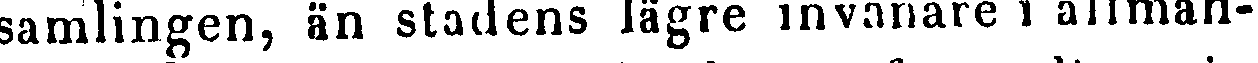
samlingen, än stadens lägre invånare i allmän-